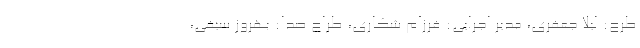
طرح: لیلا ‌جعفری، مدیر اجرایی: فرزام ‌شکاری، طراح صدا: بهروز ‌سیفی،